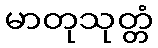
မာတုသုတ္တံ